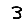
Digit: 3